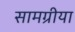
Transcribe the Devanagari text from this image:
सामग्रीया